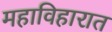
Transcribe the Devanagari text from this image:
महाविहारात